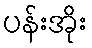
ပန်းအိုး